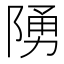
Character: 𨺳